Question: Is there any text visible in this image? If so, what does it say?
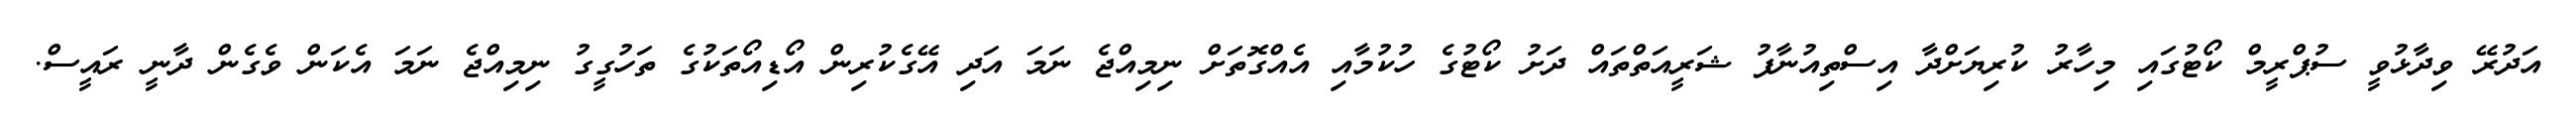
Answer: އަދުރޭ ވިދާޅުވީ ސުޕްރީމް ކޯޓުގައި މިހާރު ކުރިޔަށްދާ އިސްތިއުނާފު ޝަރީއަތްތައް ދަށު ކޯޓުގެ ހުކުމާއި އެއްގޮތަށް ނިމިއްޖެ ނަމަ އަދި އޭގެކުރިން އޯޑިއޯތަކުގެ ތަހުގީގު ނިމިއްޖެ ނަމަ އެކަން ވެގެން ދާނީ ރައީސް.